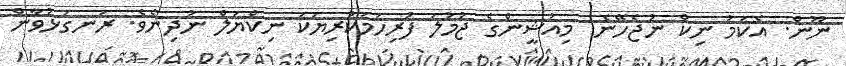
ނޫން. އެކަމު ނިކް ނުޖެހޭނެ. މިއުޝީންގެ ޖުމުލަ ފުރިހަމަކުރިޔަކަ ނިކްޔަލް ނުދިނެވެ. ރަނގަޅުވާން